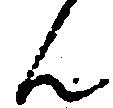
ん